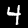
Label: 4